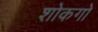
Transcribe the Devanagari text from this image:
शोकगो